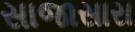
સાજાસારા